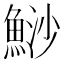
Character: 鯋